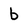
Character: b